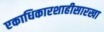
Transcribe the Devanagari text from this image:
एकाधिकारशाहीसारखा